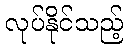
လုပ်နိုင်သည့်